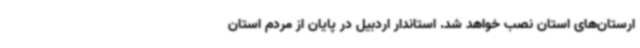
ارستان‌های استان نصب خواهد شد. استاندار اردبیل در پایان از مردم استان